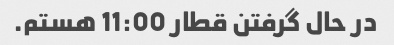
در حال گرفتن قطار 11:00 هستم.